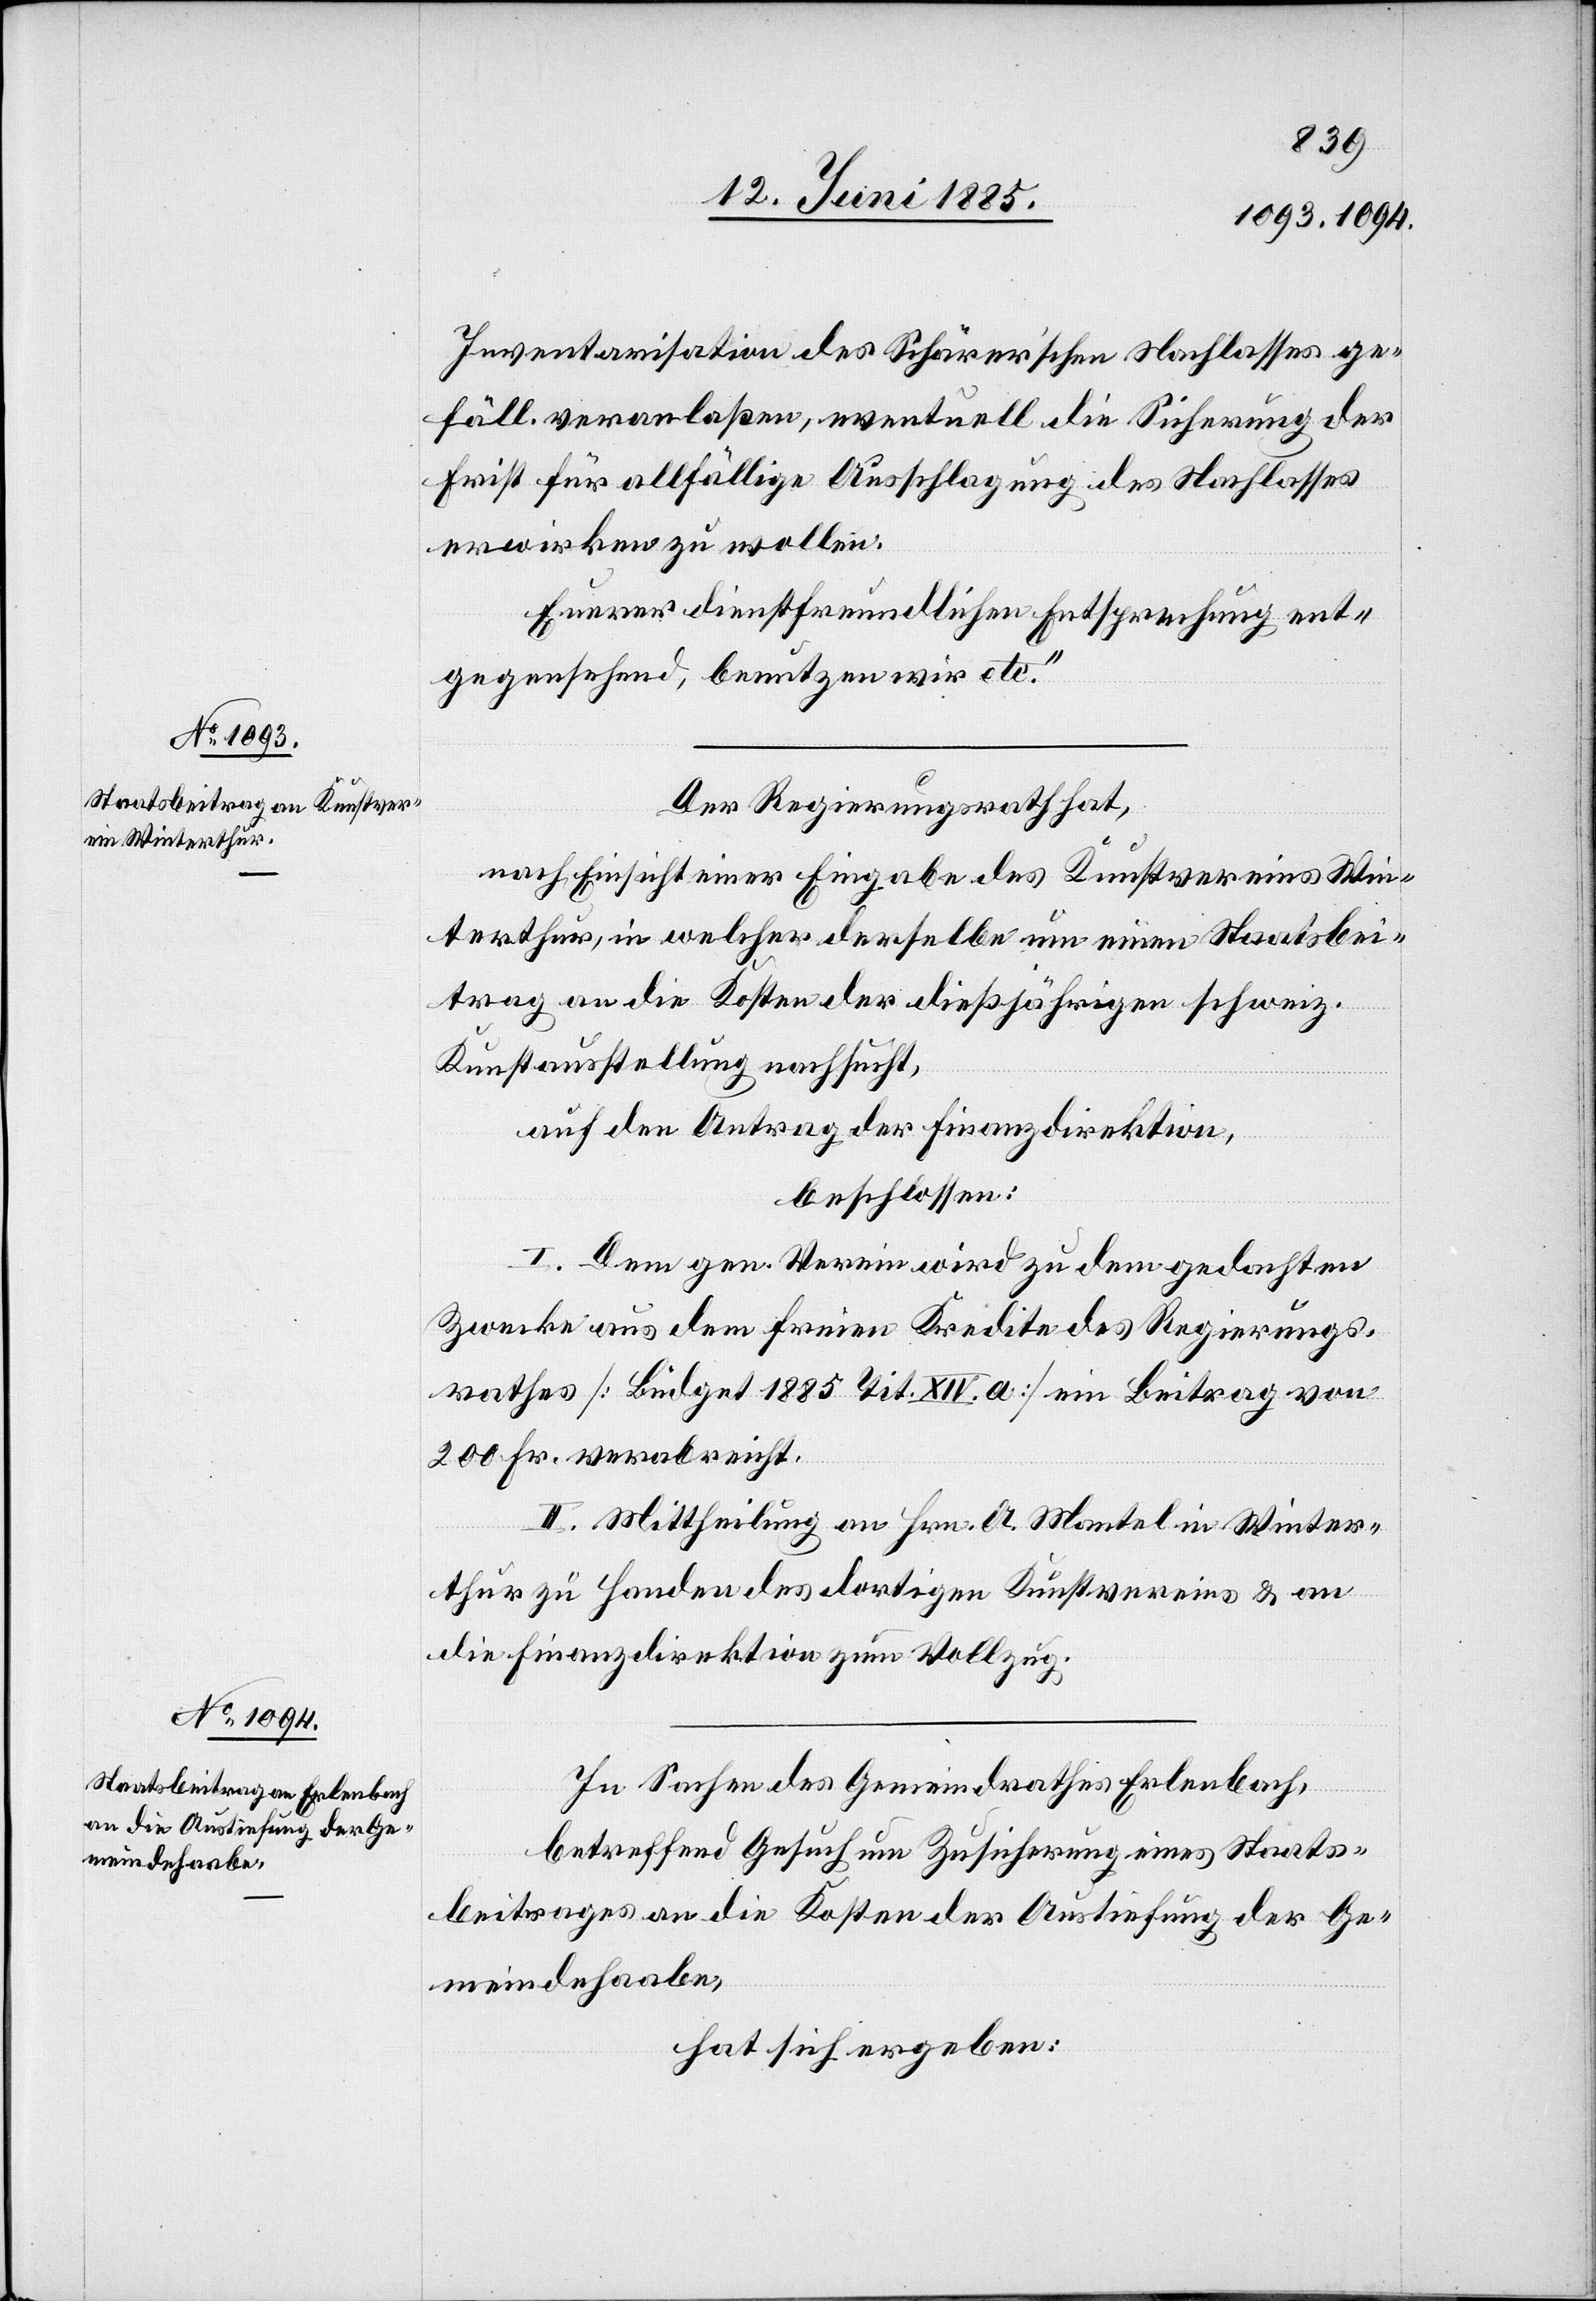
Inventarisation des Schärer’schen Nachlasses ge¬
fäll. veranlaßen, eventuell die Sicherung der
Frist für allfällige Ausschlagung des Nachlasses
erwirken zu wollen.
Eurer dienstfreundlichen Entsprechung ent¬
gegensehend, benutzen wir etc.“
Der Regierungsrath hat,
nach Einsicht einer Eingabe des Kunstvereins Win¬
terthur, in welcher derselbe um einen Staatsbei¬
trag an die Kosten der dießjährigen schweiz.
Kunstausstellung nachsucht,
auf den Antrag der Finanzdirektion,
beschlossen:
I. Dem gen. Verein wird zu dem gedachten
Zwecke aus dem freien Kredite des Regierungs¬
rathes [Budget 1885 Tit. XIV. a.] ein Beitrag von
200 Fr. verabreicht.
II. Mittheilung an Hrn. A. Mantel in Winter¬
thur zu Handen des dortigen Kunstvereins & an
die Finanzdirektion zum Vollzug.
In Sachen des Gemeindrathes Erlenbach,
betreffend Gesuch um Zusicherung eines Staats¬
beitrages an die Kosten der Auslieferung der Ge¬
meindehaabe,
hat sich ergeben: